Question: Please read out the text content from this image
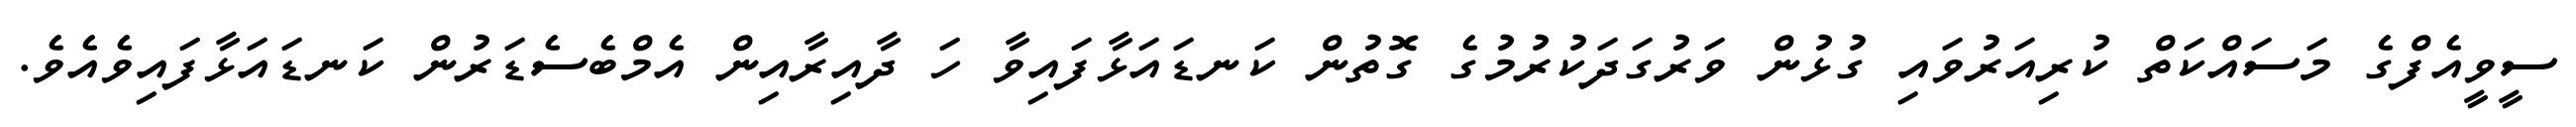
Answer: ސީވީއެފްގެ މަސައްކަތް ކުރިއަރުވައި ގުޅުން ވަރުގަދަކުރުމުގެ ގޮތުން ކަނޑައަޅާފައިވާ ހަ ދާއިރާއިން އެމްބެސެޑަރުން ކަނޑައަޅާފައިވެއެވެ.